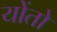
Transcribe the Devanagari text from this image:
योंतो